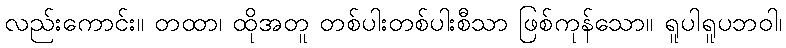
လည်းကောင်း။ တထာ၊ ထိုအတူ တစ်ပါးတစ်ပါးစီသာ ဖြစ်ကုန်သော။ ရူပါရူပဘဝါ၊